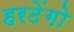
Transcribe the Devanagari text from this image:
हरटेंगो